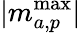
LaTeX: |m_{a,p}^{\mathrm{max}}|